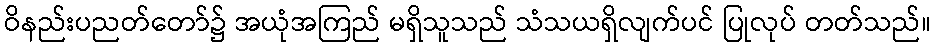
ဝိနည်းပညတ်တော်၌ အယုံအကြည် မရှိသူသည် သံသယရှိလျက်ပင် ပြုလုပ် တတ်သည်။